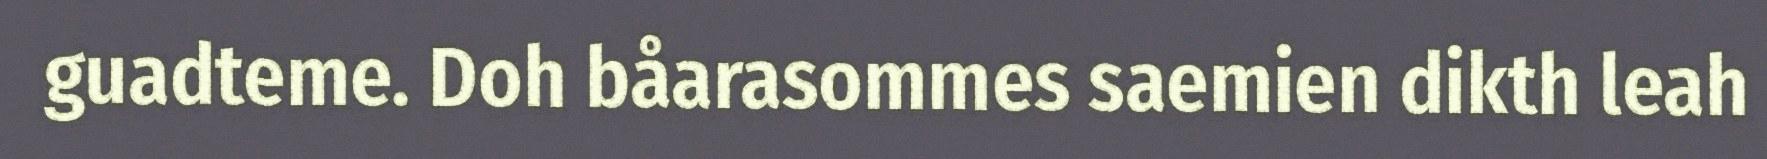
guadteme. Doh båarasommes saemien dikth leah